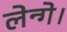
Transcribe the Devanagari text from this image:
लेन्गे।